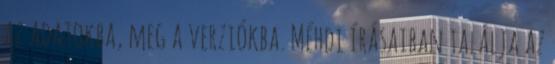
az adatokba, meg a verziókba. Méhdi írásaiban találja az